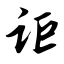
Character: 讵